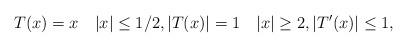
LaTeX: \begin{align*} T(x)=x\quad|x|\le 1/2, |T(x)| =1\quad|x|\ge 2, |T'(x)|\le 1, \end{align*}